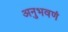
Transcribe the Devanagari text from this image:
अनुभवणं